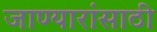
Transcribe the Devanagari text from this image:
जाण्यारांसाठी